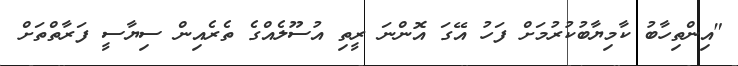
"އިންތިހާބު ކާމިޔާބުކުރުމަށް ފަހު އޭގަ އޮންނަ ރީތި އުސޫލެއްގެ ތެރެއިން ސިޔާސީ ފަރާތްތަށް